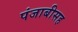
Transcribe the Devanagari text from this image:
पंजाबीसह